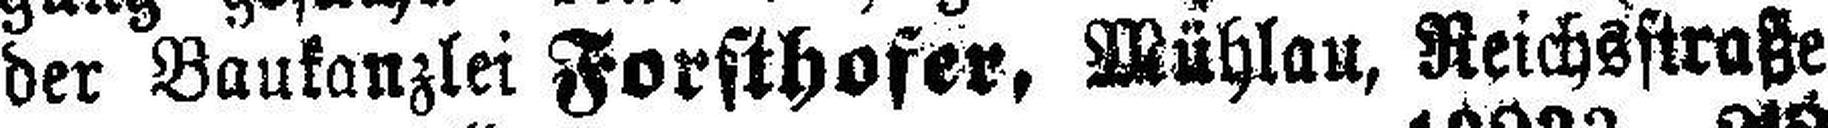
der Baukanzlei Forsthofer, Mühlau, Reichsstraße